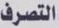
التصرف